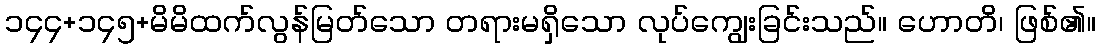
၁၄၄+၁၄၅+မိမိထက်လွန်မြတ်သော တရားမရှိသော လုပ်ကျွေးခြင်းသည်။ ဟောတိ၊ ဖြစ်၏။